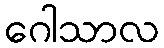
ဂေါသာလ